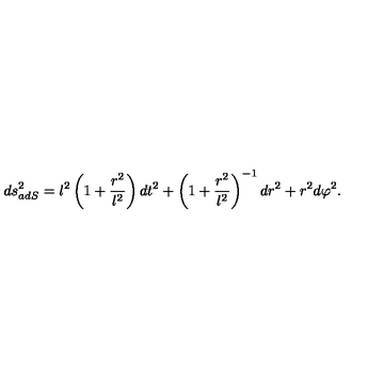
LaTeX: d s _ { a d S } ^ { 2 } = l ^ { 2 } \left( 1 + \frac { r ^ { 2 } } { l ^ { 2 } } \right) d t ^ { 2 } + \left( 1 + \frac { r ^ { 2 } } { l ^ { 2 } } \right) ^ { - 1 } d r ^ { 2 } + r ^ { 2 } d \varphi ^ { 2 } .